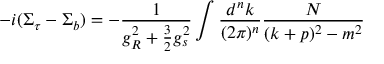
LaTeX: - i ( \Sigma _ { \tau } - \Sigma _ { b } ) = - \frac { 1 } { g _ { R } ^ { 2 } + \frac { 3 } { 2 } g _ { s } ^ { 2 } } \int \frac { d ^ { n } k } { ( 2 \pi ) ^ { n } } \frac { N } { ( k + p ) ^ { 2 } - m ^ { 2 } }